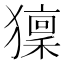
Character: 𤢤